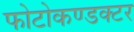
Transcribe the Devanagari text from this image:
फोटोकण्डक्टर